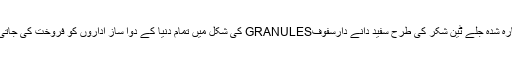
یہ تیارہ شدہ جلے ٹین شکر کی طرح سفید دانے دارسفوفGRANULES کی شکل میں تمام دنیا کے دوا ساز اداروں کو فروخت کی جاتی ہے۔